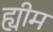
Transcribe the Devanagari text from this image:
ह्यीम